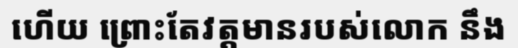
ហើយ ព្រោះតែវត្តមានរបស់លោក នឹង